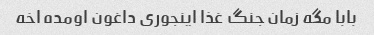
بابا مگه زمان جنگ غذا اینجوری داغون اومده اخه